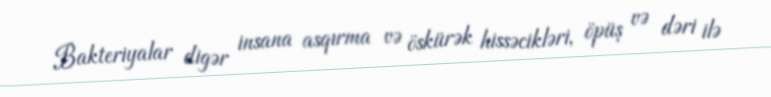
Bakteriyalar digər insana asqırma və öskürək hissəcikləri, öpüş və dəri ilə